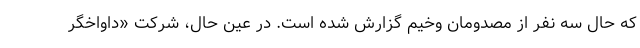
که حال سه نفر از مصدومان وخیم گزارش شده است. در عین حال، شرکت «داواخگر